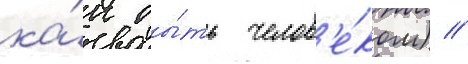
ка́к бы́ть челов'е́ком) //